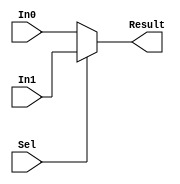
module mux2 (input  [31:0] In0, In1,input   Sel,output [31:0] Result);
     assign Result = (Sel==1'b0)?In0:In1;
endmodule